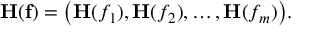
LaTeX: \mathbf { H } ( \mathbf { f } ) = { \big ( } \mathbf { H } ( f _ { 1 } ) , \mathbf { H } ( f _ { 2 } ) , \dots , \mathbf { H } ( f _ { m } ) { \big ) } .